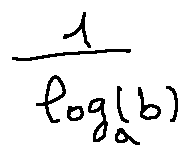
\frac { 1 } { \log _ { a } ( b ) }